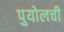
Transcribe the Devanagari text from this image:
पुयोलची